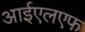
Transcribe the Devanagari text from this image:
आईएलएफ